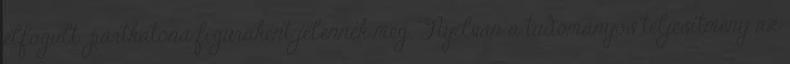
elfogult pártkatona figuraként jelennek meg. Nyilván a tudományos teljesítmény az